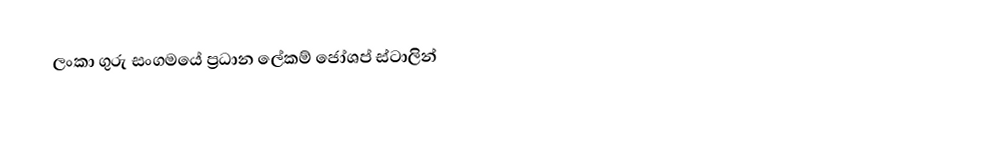
ලංකා ගුරු සංගමයේ ප්‍රධාන ලේකම් ජෝශප් ස්ටාලින්